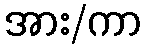
အား/ကာ